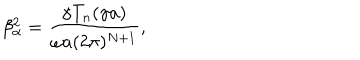
\beta _ { \alpha } ^ { 2 } = \frac { \gamma T _ { n } ( \gamma a ) } { \omega a ( 2 \pi ) ^ { N + 1 } } ,